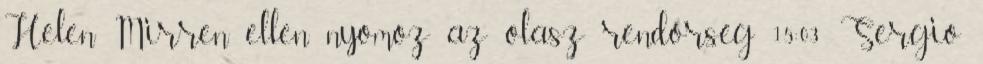
Helen Mirren ellen nyomoz az olasz rendőrség 15:03 Sergio